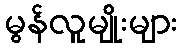
မွန်လူမျိုးများ